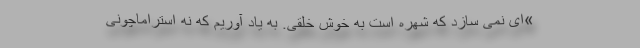
»‌ای نمی سازد که شهره است به خوش خُلقی. به یاد آوریم که نه استراماچونی